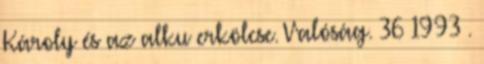
Károly és az alku erkölcse. Valóság. 36 1993 .